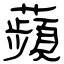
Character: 蘋